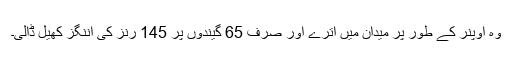
وہ اوپنر کے طور پر میدان میں اترے اور صرف 65 گیندوں پر 145 رنز کی اننگز کھیل ڈالی۔